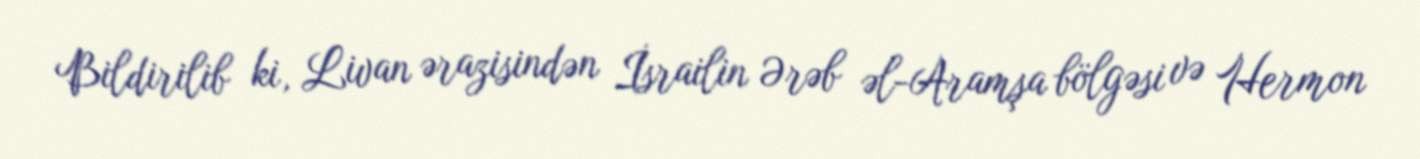
Bildirilib ki, Livan ərazisindən İsrailin Ərəb əl-Aramşa bölgəsi və Hermon